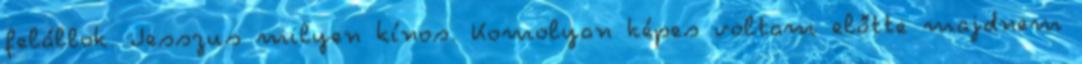
felállok. Jesszus milyen kínos. Komolyan képes voltam előtte majdnem